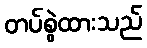
တပ်စွဲထားသည်